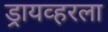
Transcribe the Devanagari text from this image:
ड्रायव्हरला